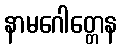
နာမဂေါတ္တေန